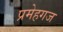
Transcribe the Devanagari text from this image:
प्रमेहगज